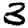
Digit: 3